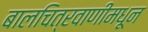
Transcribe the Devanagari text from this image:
बालचित्रवाणीमधून